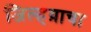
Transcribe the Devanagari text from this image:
जिल्हय़ाचा